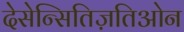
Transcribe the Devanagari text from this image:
देसेन्सितिज़तिओन